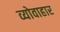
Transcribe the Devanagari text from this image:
व्योवाहार